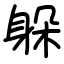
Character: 躲